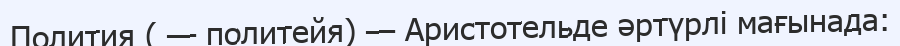
Полития ( — политейя) — Аристотельде әртүрлі мағынада: